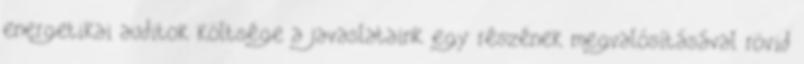
ener­ge­ti­kai au­di­tok költ­sé­ge a ja­vas­la­ta­ink egy ré­szé­nek meg­va­ló­sí­tá­sá­val rö­vid